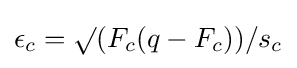
\epsilon _{c}=\surd (F_{c}(q-F_{c}))/s_{c}